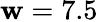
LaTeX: \mathbf{w}=7.5